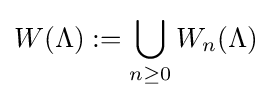
W(\Lambda ):=\bigcup _{n\geq 0}W_{n}(\Lambda )